Indian journal of veterinary science and animal husbandry - Volumes 26-27, 1956-1957
Year: 1956
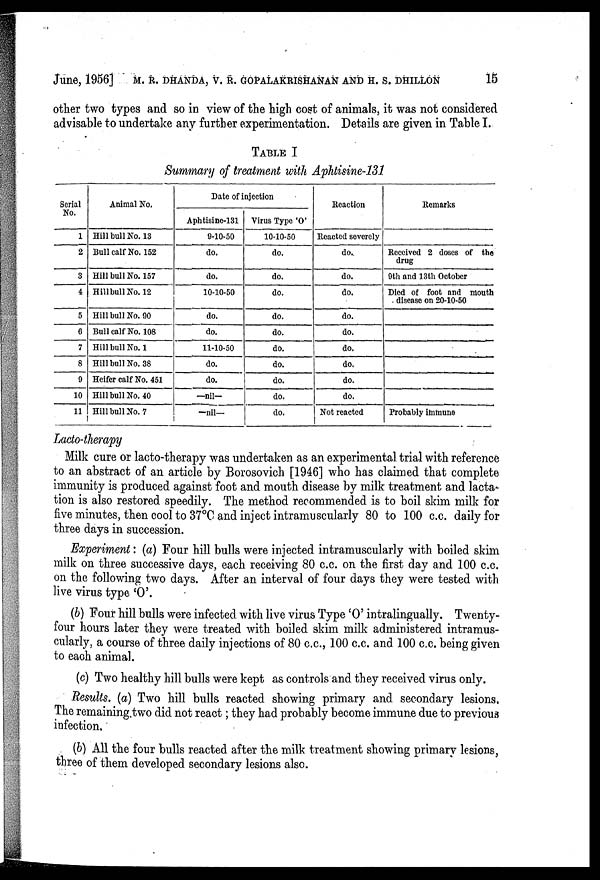
June, 1956] M. R. DHANDA, V. R. GOPALAKRI SHANAN AND H. S. DHILLON 15
other two types and so in view of the high cost of animals, it was not considered
advisable to undertake any further experimentation. Details are given in Table I.
TABLE I
Summary of treatment with Aphtisine-131
Serial
No.
1
2
3
4
5
6
7
8
9
10
11
Animal No.
Hill bull No. 13
Bull calf No. 152
Hill bull No. 157
Hill bull No. 12
Hill bull No. 90
Bull calf No. 108
Hill bull No. 1
Hill bull No. 38
Heifer calf No. 451
Hill bull No. 40
Hill bull No. 7
Date of injection
Aphtisine-131
9-10-50
do.
do.
10-10-50
do.
do.
11-10-50
do.
do.
—nil—
—nil—
Virus Type 'O'
10-10-50
do.
do.
do.
do.
do.
do.
do.
do.
do.
do.
Reaction
Reacted severely
do.
do.
do.
do.
do.
do.
do.
do.
do.
Not reacted
Remarks
Received 2 doses of the
drug
9th and 13th October
Died of foot and mouth
disease on 20-10-50
Probably immune
Lacto-therapy
Milk cure or lacto-therapy was undertaken as an experimental trial with reference
to an abstract of an article by Borosovich [1946] who has claimed that complete
immunity is produced against foot and mouth disease by milk treatment and lacta-
tion is also restored speedily. The method recommended is to boil skim milk for
five minutes, then cool to 37°C and inject intramuscularly 80 to 100 c.c. daily for
three days in succession.
Experiment: (a) Four hill bulls were injected intramuscularly with boiled skim
milk on three successive days, each receiving 80 c.c. on the first day and 100 c.c.
on the following two days. After an interval of four days they were tested with
live virus type 'O'.
(b) Four hill bulls were infected with live virus Type 'O' intralingually. Twenty-
four hours later they were treated with boiled skim milk administered intramus-
cularly, a course of three daily injections of 80 c.c, 100 c.c. and 100 c.c. being given
to each animal.
(c) Two healthy hill bulls were kept as controls and they received virus only.
Results. (a) Two hill bulls reacted showing primary and secondary lesions.
The remaining two did not react; they had probably become immune due to previous
infection.
(b) All the four bulls reacted after the milk treatment showing primary lesions,
three of them developed secondary lesions also.